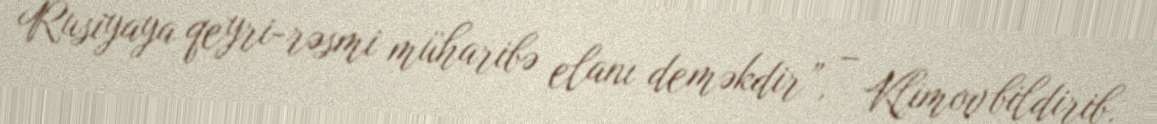
Rusiyaya qeyri-rəsmi müharibə elanı deməkdir”, – Klimov bildirib.